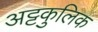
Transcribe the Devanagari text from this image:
अट्टकुलिक